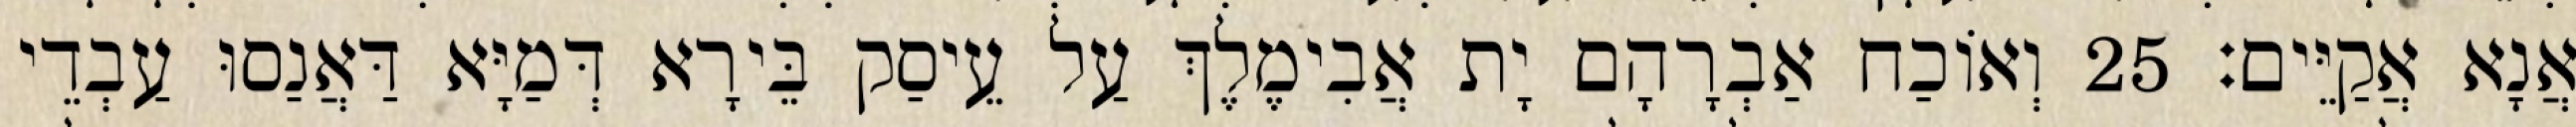
אֲנָא אֲקַיֵּים׃ 25 וְאוֹכַח אַבְרָהָם יָת אֲבִימֶלֶךְ עַל עֵיסַק בֵּירָא דְּמַיָּא דַּאֲנַסוּ עַבְדֵי